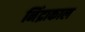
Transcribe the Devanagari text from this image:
निंद्राकाल